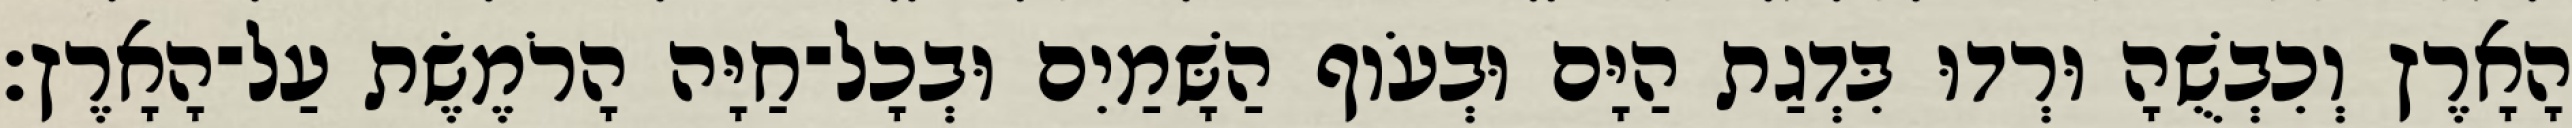
הָאָרֶץ וְכִבְשֻׁהָ וּרְדוּ בִּדְגַת הַיָּם וּבְעֹוף הַשָּׁמַיִם וּבְכָל־חַיָּה הָרֹמֶשֶׂת עַל־הָאָרֶץ׃